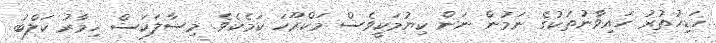
ހަޑިހުތުރު ހައިވާނުތަކުގެ ނަމުން ނަން ކިޔުމަކީވެސް މަކްރޫހަ ކަމެކެވެ. މިސާލަކަސް ހިމާރު ކަލްބު